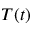
T ( t )